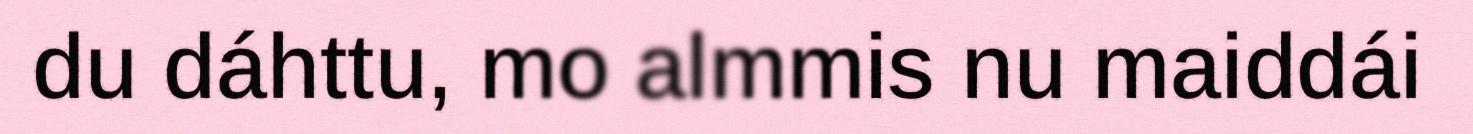
du dáhttu, mo almmis nu maiddái